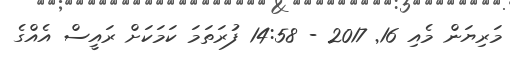
މަރިޔަން މެއި 16